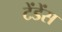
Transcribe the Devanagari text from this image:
टेंडेंस